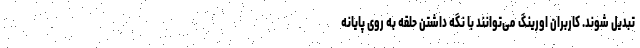
تبدیل شوند. کاربران اورینگ می‌توانند با نگه داشتن حلقه به روی پایانه